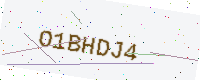
Text: O1BHDJ4